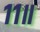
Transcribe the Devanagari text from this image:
११॥